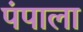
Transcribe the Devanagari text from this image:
पंपाला